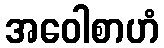
အဝေါစာဟံ